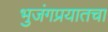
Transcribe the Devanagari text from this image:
भुजंगप्रयातचा